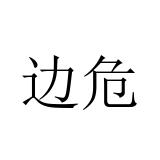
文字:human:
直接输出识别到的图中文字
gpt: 边危